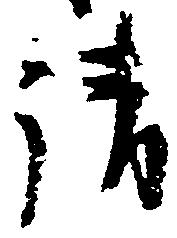
請